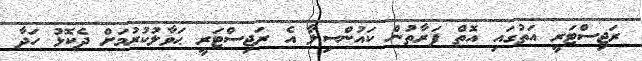
ރަޖިސްޓަރީ އަތުގައި އޮތް ފަރާތުން ކައުންސިލާ އެ ރަޖިސްޓަރީ ޙަވާލުކުރުމަށް ދެކޮޅު ހަދާ